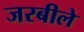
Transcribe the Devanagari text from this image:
जरबीले